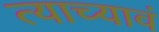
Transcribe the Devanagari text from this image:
त्याच्यावं